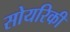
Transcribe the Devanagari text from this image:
सोयरिकी